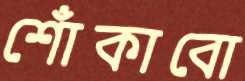
শোঁকাবো